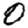
Digit: 0